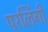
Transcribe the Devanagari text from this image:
परलिंगी